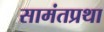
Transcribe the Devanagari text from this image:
सामंतप्रथा